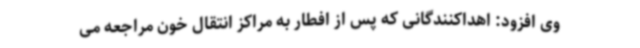
وی افزود: اهداکنندگانی که پس از افطار به مراکز انتقال خون مراجعه می